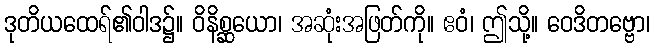
ဒုတိယထေရ်၏ဝါဒ၌။ ဝိနိစ္ဆယော၊ အဆုံးအဖြတ်ကို။ ဧဝံ၊ ဤသို့။ ဝေဒိတဗ္ဗော၊